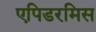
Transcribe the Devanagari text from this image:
एपिडरमिस